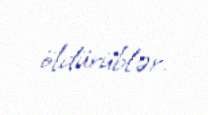
öldürüblər.